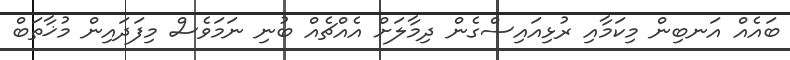
ބައެއް އަނބިން މިކަމާއި ރުޅިއައިސްގެން ދިމާލަށް އެއްޗެއް ބުނި ނަމަވެސް މިފަދައިން މުޚާތަބް